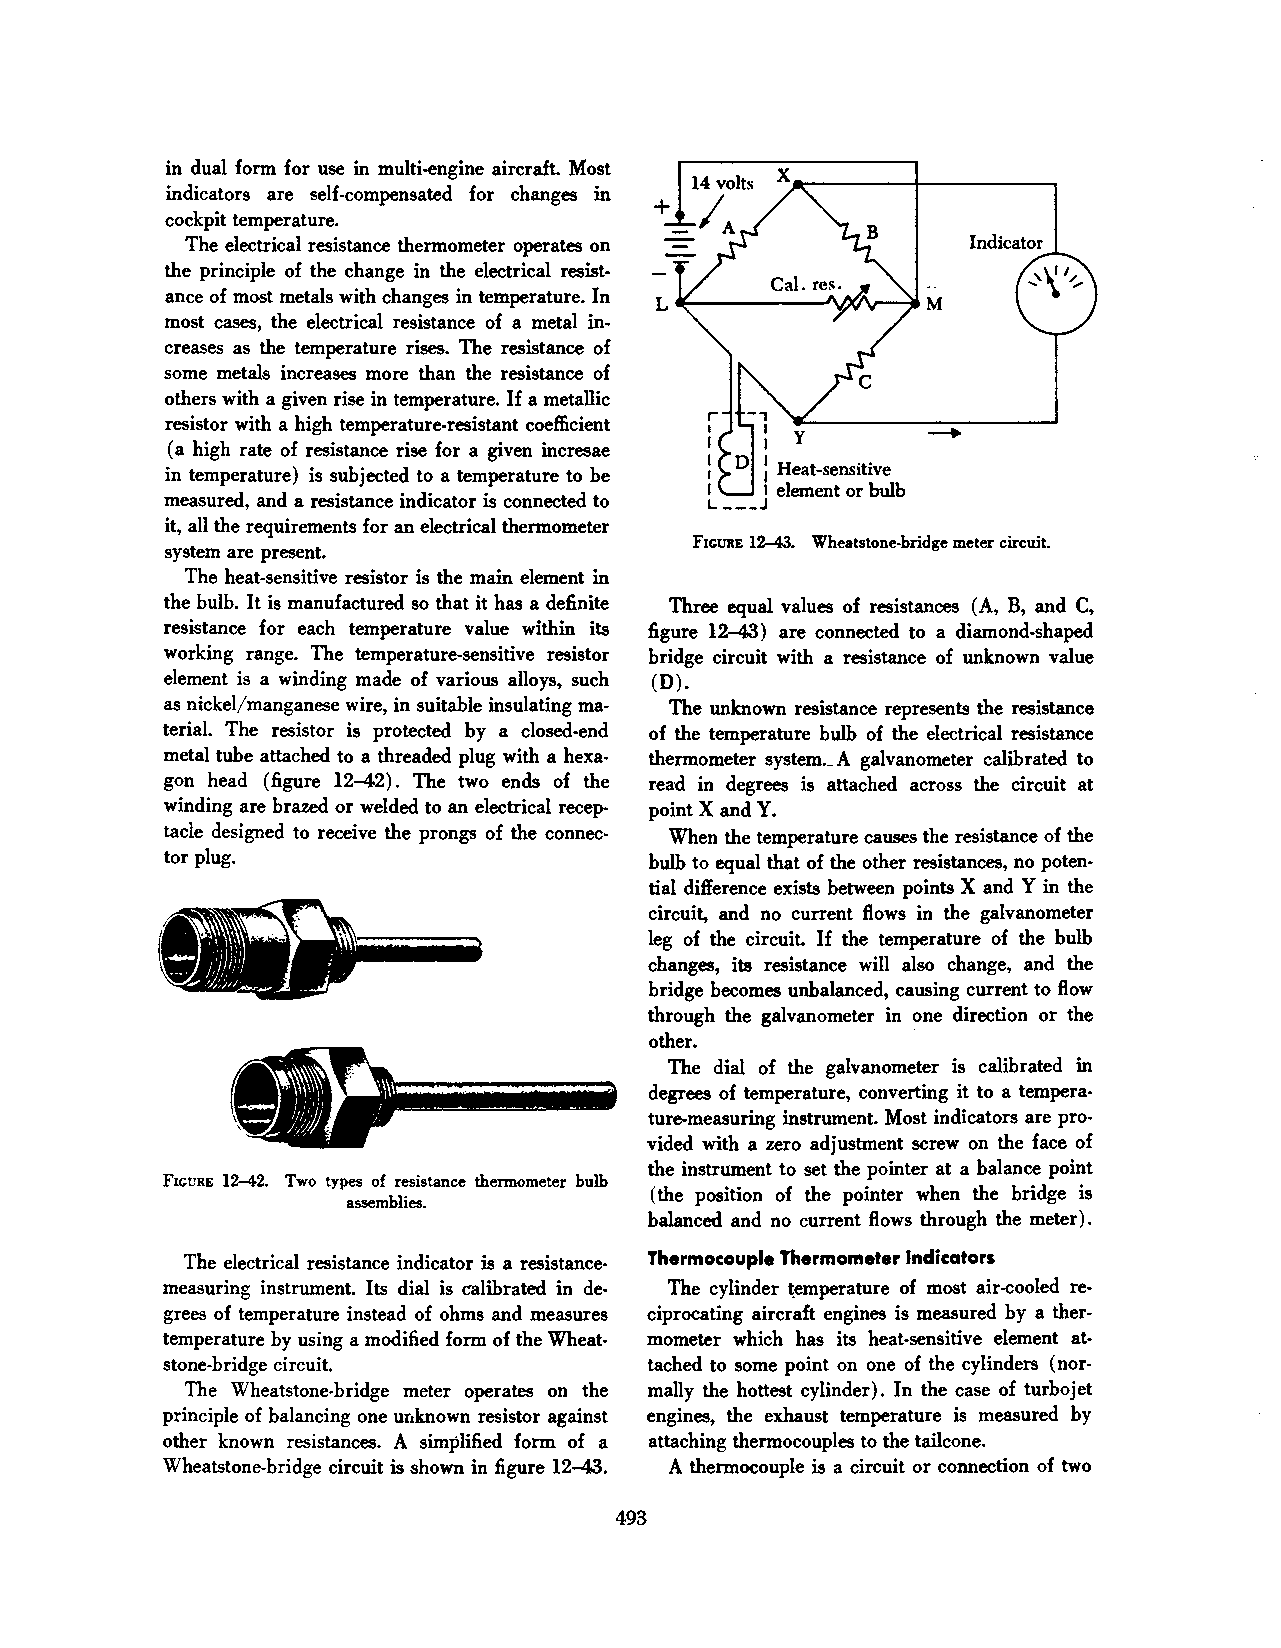
in dual form for use in multi-engine aircraft. Most
 indicators are self-compensated for changes in
 cockpit temperature.
 The electrical resistance thermometer operates on   Indicator
 the principle of the change in the electrical resist
 ance of most metals with changes in temperature. In
 most cases, the electrical resistance of a metal in
 creases as the temperature rises. The resistance of
 some metals increases more than the resistance of
 others with a given rise in temperature. If a metallic -,
 resistor with a high temperature-resistant coefficient
 I         -+
 (a high rate of resistance rise for a given incresae I
 in temperature) is subjected to a temperature to be D : Heat-sensitive
 I   I element or bulb
 measured, and a resistance indicator is connected to L---J
 it, all the requirements for an electrical thermometer
 system are present.                FIGURE 12-43. Wheatstone-bridge meter circuit.
 The heat-sensitive resistor is the main element in
 the bulb. It is manufactured so that it has a definite Three equal values of resistances (A, B, and C,
 resistance for each temperature value within its figure 12-43) are connected to a diamond-shaped
 working range. The temperature-sensitive resistor bridge circuit with a resistance of unknown value
 element is a winding made of various alloys, such (D).
 as nickel/manganese wire, in suitable insulating ma· The unknown resistance represents the resistance
 terial. The resistor is protected by a closed-end of the temperature bulb of the electrical resistance
 metal tube attached to a threaded plug with a hexa thermometer system._ A galvanometer calibrated to
 gon head (figure 12-42). The two ends of the read in degrees is attached across the circuit at
 winding are brazed or welded to an electrical recep· point X and Y.
 tacle designed to receive the prongs of the connec When the temperature causes the resistance of the
 tor plug.                       bulb to equal that of the other resistances, no poten
 tial difference exists between points X and Y in the
 circuit, and no current flows in the galvanometer
 leg of the circuit. If the temperature of the bulb
 changes, its resistance will also change, and the
 bridge becomes unbalanced, causing current to flow
 through the galvanometer in one direction or the
 other.
 The dial of the galvanometer is calibrated in
 degrees of temperature, converting it to a tempera
 ture-measuring instrument. Most indicators are pro
 vided with a zero adjustment screw on the face of
 the instrument to set the pointer at a balance point
 FIGURE 12-42. Two types of resistance thermometer bulb
 (the position of the pointer when the bridge is
 assemblies.
 balanced and no current flows through the meter).
 The electrical resistance indicator is a resistance Thermocouple Thermometer Indicators
 measuring instrument. Its dial is calibrated in de The cylinder ~emperature of most air-cooled re·
 grees of temperature instead of ohms and measures ciprocating aircraft engines is measured by a ther·
 temperature by using a modified form of the Wheat· mometer which has its heat-sensitive element at
 stone-bridge circuit.           tached to some point on one of the cylinders (nor·
 The Wheatstone-bridge meter operates on the mally the hottest cylinder). In the case of turbojet
 principle of balancing one U(lknown resistor against engines, the exhaust temperature is measured by
 other known resistances. A simplified form of a attaching thermocouples to the tailcone.
 Wheatstone-bridge circuit is shown in figure 12-43. A thermocouple is a circuit or connection of two
 493